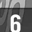
Digit: 6